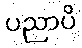
ပညာပိ